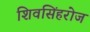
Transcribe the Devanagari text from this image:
शिवसिंहरोज